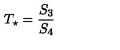
T _ { \star } = { \frac { S _ { 3 } } { S _ { 4 } } }